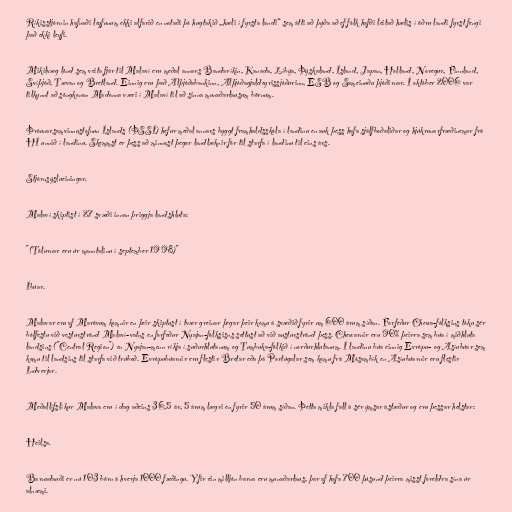
Ríkisstjórnin hafnaði leyfunum ekki alfarið en notaði þó hugtakið „hæli í fyrsta landi“ sem átti að þýða að ef fólk hafði leitað hælis í öðru landi fyrst fengi
það ekki leyfi.

Mikilvæg lönd sem veita fjár til Malaví eru meðal annars Bandaríkin, Kanada, Líbýa, Þýskaland, Ísland, Japan, Holland, Noregur, Finnland,
Svíþjóð, Tævan og Bretland. Einnig eru það Alþjóðabankinn, Alþjóðagjaldeyrissjóðurinn, ESB og Sameinuðu þjóðirnar. Í október 2006 var
tilkynnt að söngkonan Madonna væri í Malaví til að sinna munaðarlausum börnum.

Þróunarsamvinnustofnun Íslands (ÞSSÍ) hefur meðal annars byggt framhaldsskóla í landinu en auk þess hafa sjálfboðaliðar og hjúkrunarfræðinemar frá
HÍ unnið í landinu. Skemmst er þess að minnast þegar landlæknir fór til starfa í landinu til eins árs.

Stjórnsýslueiningar.

Malaví skiptist í 27 svæði innan þriggja landshluta:

"(Tölurnar eru úr manntalinu í september 1998)"

Íbúar.

Malavar eru af Marövum komnir en þeir skiptust í tvær greinar þegar þeir komu á svæðið fyrir um 600 árum síðan. Forfeður Chewa-fólksins tóku sér
bólfestu við vesturströnd Malaví-vatns en forfeður Nyajan-fólksisns settust að við austurströnd þess. Chewarnir eru 90% þeirra sem búa í miðhluta
landsins ("Central Region") en Nyajan-menn ríkja í suðurhlutanum og Tumbuka-fólkið í norðurhlutanum. Í landinu búa einnig Evrópu- og Asíubúar sem
komu til landsins til starfa við trúboð. Evrópubúarnir eru flestir Bretar eða þá Portúgalar sem komu frá Mósambík en Asíubúarnir eru flestir
Indverjar.

Meðallífslíkur Malava eru í dag aðeins 36,5 ár, 5 árum lægri en fyrir 50 árum síðan. Þetta mikla fall á sér ýmsar ástæður og eru þessar helstar:

Heilsa.

Barnadauði er nú 103 börn á hverja 1000 fæðingu. Yfir ein milljón barna eru munaðarlaus, þar af hafa 700 þúsund þeirra misst foreldra sína úr
alnæmi.